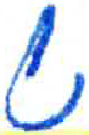
אות: ש